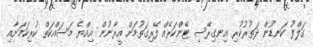
ގަލްފު ކަނޑުން ދަތުރުކުރި އިނގިރޭސި ޓޭންކަރެއް ފޭރިގަތުމަށް އީރާނުން އިއްޔެ މަސައްކަތް ކުރިކަމަށާއި